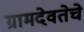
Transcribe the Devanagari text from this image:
ग्रामदेवतेचे